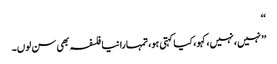
‘‘
’’نہیں، نہیں، کہو، کیا کہتی ہو، تمہارا نیا فلسفہ بھی سن لوں۔